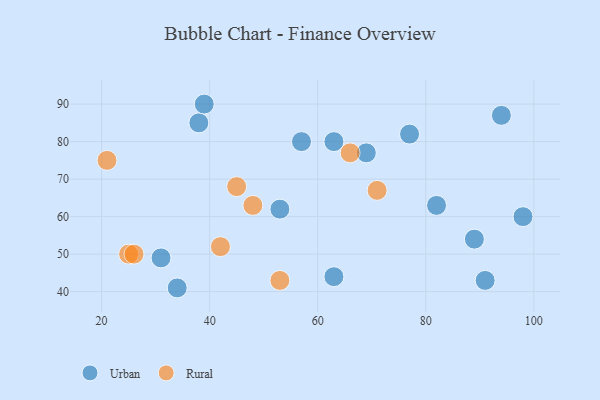
{"axis": {"x": "GDP", "y": "Life Expectancy"}, "legend": ["Rural", "Urban"], "data": [{"x": "34", "y": 41, "type": "Urban"}, {"x": "38", "y": 85, "type": "Urban"}, {"x": "63", "y": 44, "type": "Urban"}, {"x": "53", "y": 62, "type": "Urban"}, {"x": "39", "y": 90, "type": "Urban"}, {"x": "57", "y": 80, "type": "Urban"}, {"x": "91", "y": 43, "type": "Urban"}, {"x": "69", "y": 77, "type": "Urban"}, {"x": "89", "y": 54, "type": "Urban"}, {"x": "94", "y": 87, "type": "Urban"}, {"x": "82", "y": 63, "type": "Urban"}, {"x": "77", "y": 82, "type": "Urban"}, {"x": "98", "y": 60, "type": "Urban"}, {"x": "31", "y": 49, "type": "Urban"}, {"x": "63", "y": 80, "type": "Urban"}, {"x": "21", "y": 75, "type": "Rural"}, {"x": "71", "y": 67, "type": "Rural"}, {"x": "25", "y": 50, "type": "Rural"}, {"x": "42", "y": 52, "type": "Rural"}, {"x": "66", "y": 77, "type": "Rural"}, {"x": "26", "y": 50, "type": "Rural"}, {"x": "53", "y": 43, "type": "Rural"}, {"x": "45", "y": 68, "type": "Rural"}, {"x": "48", "y": 63, "type": "Rural"}]}